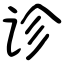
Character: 诊